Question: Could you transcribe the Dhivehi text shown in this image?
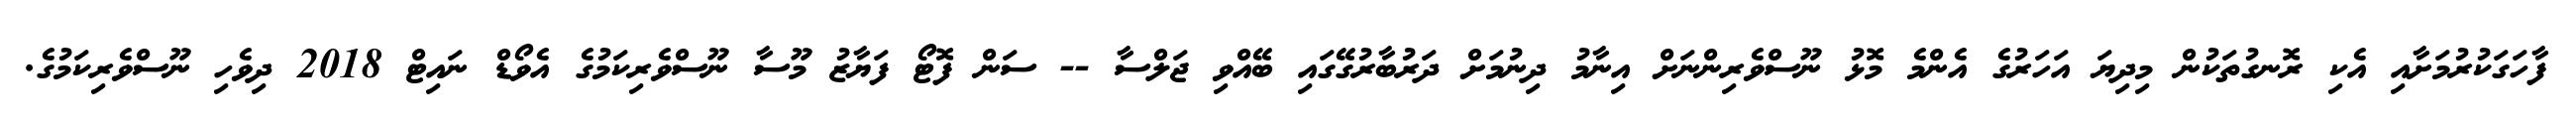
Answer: ފާހަގަކުރުމަށާއި އެކި ރޮނގުތަކުން މިދިޔަ އަހަރުގެ އެންމެ މޮޅު ނޫސްވެރިންނަށް އިނާމު ދިނުމަށް ދަރުބާރުގޭގައި ބޭއްވި ޖަލްސާ -- ސަން ފޮޓޯ ފަޔާޒު މޫސާ ނޫސްވެރިކަމުގެ އެވޯޑް ނައިޓް 2018 ދިވެހި ނޫސްވެރިކަމުގެ.